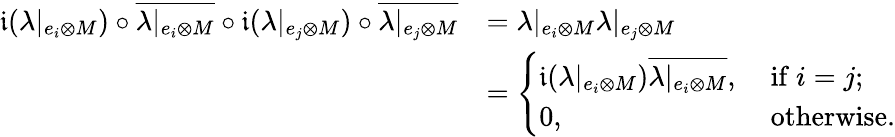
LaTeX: \begin{array}{rl}{\mathfrak{i}(\lambda|_{e_{i}\otimes M})\circ\overline{{\lambda|_{e_{i}\otimes M}}}\circ\mathfrak{i}(\lambda|_{e_{j}\otimes M})\circ\overline{{\lambda|_{e_{j}\otimes M}}}}&{=\lambda|_{e_{i}\otimes M}\lambda|_{e_{j}\otimes M}}\\ &{=\left\{ \begin{array}{ll}{\mathfrak{i}(\lambda|_{e_{i}\otimes M})\overline{{\lambda|_{e_{i}\otimes M}}},}&{\mathrm{~if~}i=j;}\\ {0,}&{\mathrm{~otherwise}.}\end{array}\right.}\end{array}